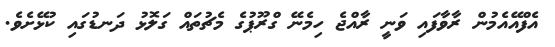
އެފްއޭއެމުން ރާވާފައި ވަނީ ރާއްޖެ ހިމެނޭ ގްރޫޕުގެ މެޗުތައް ގަލޮޅު ދަނޑުގައި ކުޅޭށެވެ.